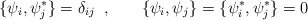
\begin{align*}\{\psi_{i},\psi^{\ast}_{j} \} = \delta_{ij} \;\;,\hspace{0.3in} \{\psi_{i},\psi_{j} \}=\{\psi^{\ast}_{i},\psi^{\ast}_{j} \} = 0\end{align*}